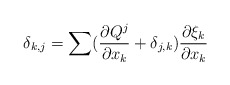
\begin{align*}\delta_{k,j}=\sum (\frac {\partial Q^{j}}{\partial x_{k}}+\delta_{j,k})\frac {\partial \xi_{k}}{\partial x_{k}}\end{align*}